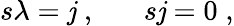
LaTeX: s\lambda=\mathit{j}\; ,\; \; \; \; \; \; s\mathit{j}=0\; ,